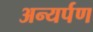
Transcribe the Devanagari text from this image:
अन्यर्पण